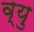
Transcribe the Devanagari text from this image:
व्यु